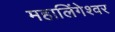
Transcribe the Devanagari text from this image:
महालिंगेश्वर